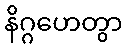
နိဂ္ဂဟေတွာ